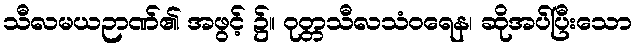
သီလမယဉာဏ်၏ အဖွင့် ၌။ ဝုတ္တသီလသံဝရေန၊ ဆိုအပ်ပြီးသော